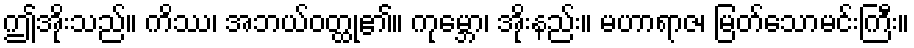
ဤအိုးသည်။ ကိဿ၊ အဘယ်ဝတ္ထု၏။ ကုမ္ဘော၊ အိုးနည်း။ မဟာရာဇ၊ မြတ်သောမင်းကြီး။